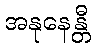
အနုနေန္တီ